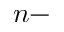
n -